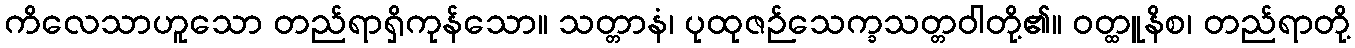
ကိလေသာဟူသော တည်ရာရှိကုန်သော။ သတ္တာနံ၊ ပုထုဇဉ်သေက္ခသတ္တဝါတို့၏။ ဝတ္ထူနိစ၊ တည်ရာတို့